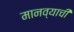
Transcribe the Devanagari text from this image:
मानव्याची